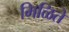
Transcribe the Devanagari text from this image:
मिळिते